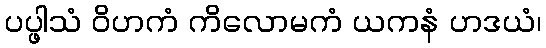
ပပ္ဖါသံ ဝိဟကံ ကိလောမကံ ယကနံ ဟဒယံ၊